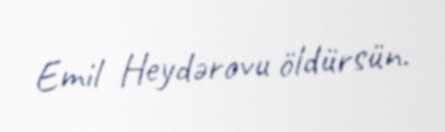
Emil Heydərovu öldürsün.